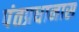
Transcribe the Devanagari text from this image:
पंतप्रधानास